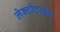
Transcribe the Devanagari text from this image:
लेक्टोटाइप